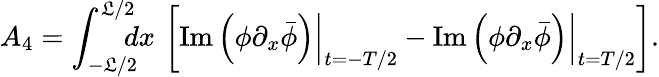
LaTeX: A_{4}=\int_{-\mathfrak{L}/2}^{\mathfrak{L}/2}\! \! \! \! dx\, \left[\left.\mathrm{{Im}}\left(\phi\partial_{x}\bar{{\phi}}\right)\right|_{t=-T/2}-\left.\mathrm{{Im}}\left(\phi\partial_{x}\bar{{\phi}}\right)\right|_{t=T/2}\right].